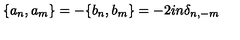
\{ a _ { n } , a _ { m } \} = - \{ b _ { n } , b _ { m } \} = - 2 i n { \delta } _ { n , - m }